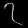
Digit: ၇